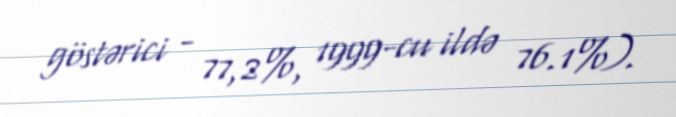
göstərici - 77,2%, 1999-cu ildə 76.1%).